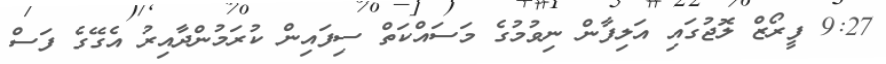
9:27 ފީރޯޒް ލޮޖުގައި އަލިފާން ނިވުމުގެ މަސައްކަތް ސިފައިން ކުރަމުންދާއިރު އެގޭގެ ފަސް